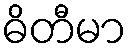
ဓိတီမာ